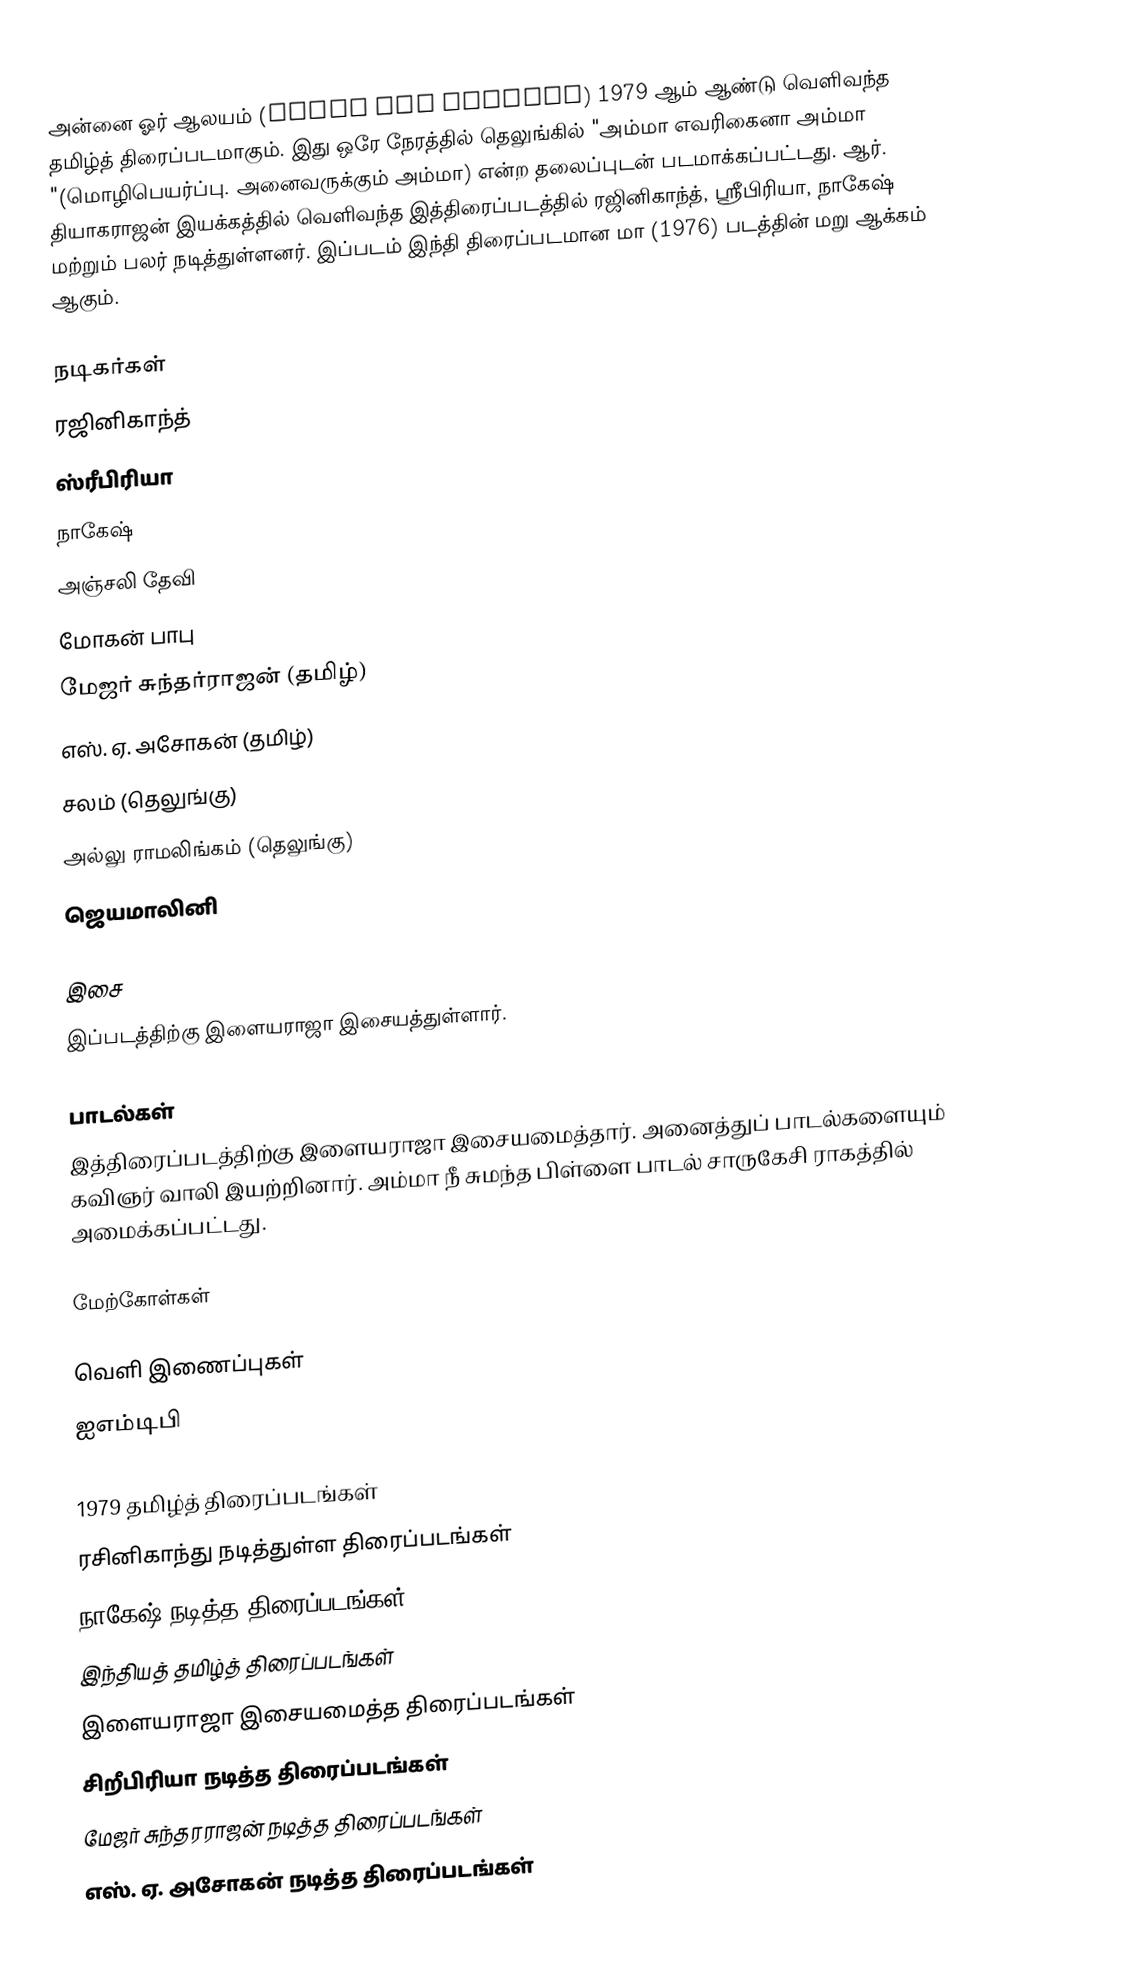
அன்னை ஓர் ஆலயம் (Annai Oor Aalayam) 1979 ஆம் ஆண்டு வெளிவந்த தமிழ்த் திரைப்படமாகும்.  இது ஒரே நேரத்தில் தெலுங்கில் "அம்மா எவரிகைனா அம்மா "(மொழிபெயர்ப்பு. அனைவருக்கும் அம்மா) என்ற தலைப்புடன் படமாக்கப்பட்டது. ஆர். தியாகராஜன் இயக்கத்தில் வெளிவந்த இத்திரைப்படத்தில் ரஜினிகாந்த், ஸ்ரீபிரியா, நாகேஷ் மற்றும் பலர் நடித்துள்ளனர். இப்படம் இந்தி திரைப்படமான மா (1976) படத்தின் மறு ஆக்கம் ஆகும்.

நடிகர்கள்
 ரஜினிகாந்த்
 ஸ்ரீபிரியா
 நாகேஷ்
 அஞ்சலி தேவி
 மோகன் பாபு
 மேஜர் சுந்தர்ராஜன் (தமிழ்)
 எஸ். ஏ. அசோகன் (தமிழ்)
சலம் (தெலுங்கு)
அல்லு ராமலிங்கம் (தெலுங்கு)
 ஜெயமாலினி

இசை
இப்படத்திற்கு இளையராஜா இசையத்துள்ளார்.

பாடல்கள்
இத்திரைப்படத்திற்கு இளையராஜா இசையமைத்தார். அனைத்துப் பாடல்களையும் கவிஞர் வாலி இயற்றினார். அம்மா நீ சுமந்த பிள்ளை பாடல் சாருகேசி ராகத்தில் அமைக்கப்பட்டது.

மேற்கோள்கள்

வெளி இணைப்புகள்
 ஐஎம்டிபி

1979 தமிழ்த் திரைப்படங்கள்
ரசினிகாந்து நடித்துள்ள திரைப்படங்கள்
நாகேஷ் நடித்த திரைப்படங்கள்
இந்தியத் தமிழ்த் திரைப்படங்கள்
இளையராஜா இசையமைத்த திரைப்படங்கள்
சிறீபிரியா நடித்த திரைப்படங்கள்
மேஜர் சுந்தரராஜன் நடித்த திரைப்படங்கள்
எஸ். ஏ. அசோகன் நடித்த திரைப்படங்கள்